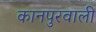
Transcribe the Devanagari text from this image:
कानपुरवाली